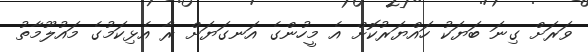
ވަރަށް ގިނަ ބަޔަކު ހައްޔަރުކޮށް އެ މީހުންގެ އަނގަޔަށް ރާ އެޅިކަމުގެ މައުލޫމާތު